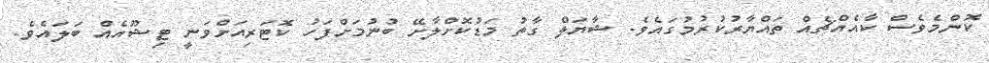
ކޮންމެވެސް ކާއެއްޗެއް ތައްޔާރުކުރުމުގައެވެ. ޝާޔަލް ގާތު މަޑުކޮށްލާށޭ ބުނުމަށްފަހު ކޮޓަރިއަށްވަނީ ޓިޝޫއެއް ބަލައެވެ.